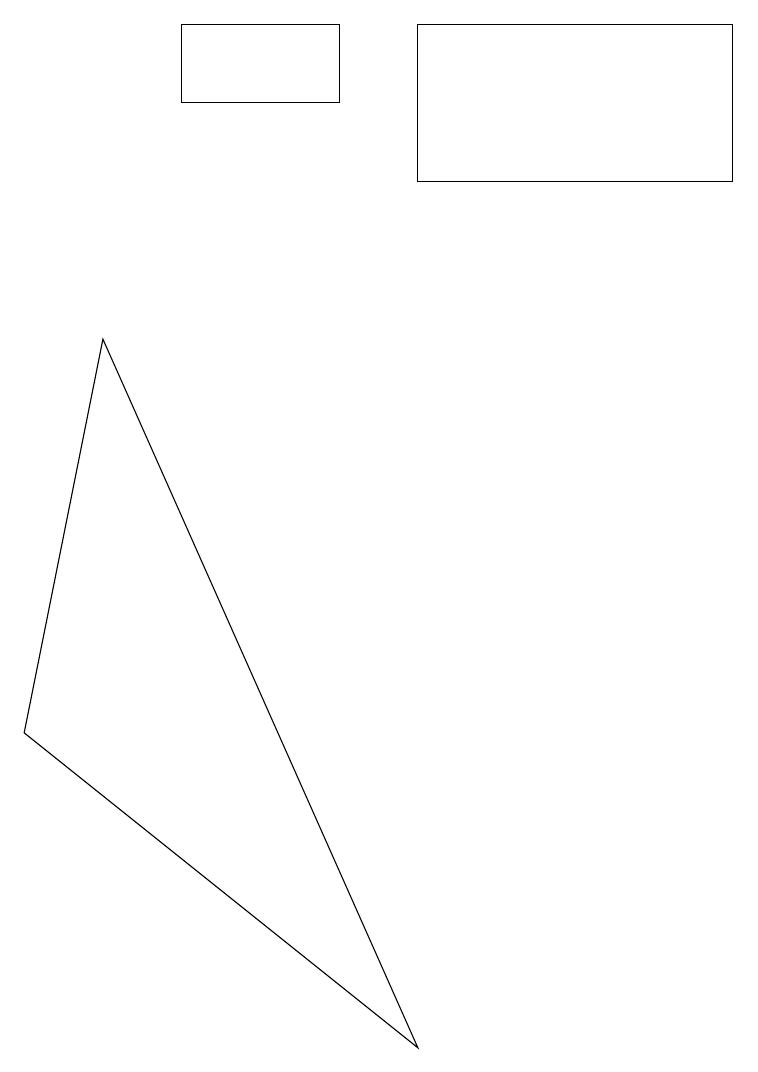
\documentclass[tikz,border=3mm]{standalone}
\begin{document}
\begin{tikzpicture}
\draw (1,9) -- (0,4) -- (5,0) -- cycle;
\draw (4,13) rectangle (2,12);
\draw (9,11) rectangle (5,13);
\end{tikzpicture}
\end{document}